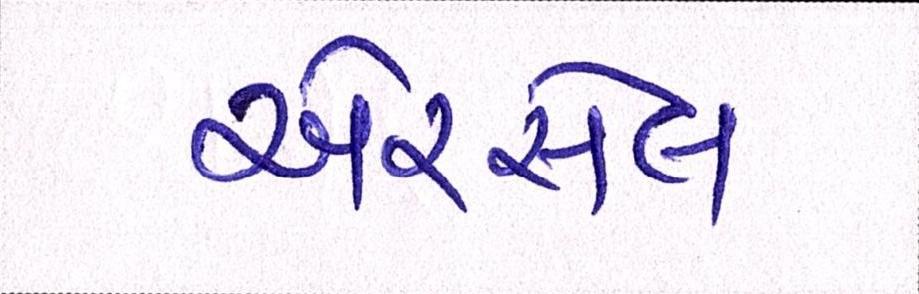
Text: એરસેલ